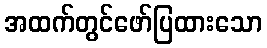
အထက်တွင်ဖော်ပြထားသော